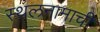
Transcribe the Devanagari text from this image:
स्थलनामाची